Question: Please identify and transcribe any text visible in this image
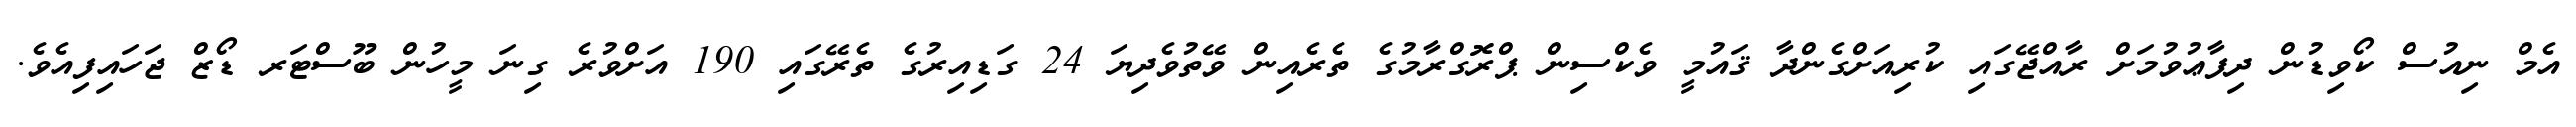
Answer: އެމް ނިއުސް ކޯވިޑުން ދިފާޢުވުމަށް ރާއްޖޭގައި ކުރިއަށްގެންދާ ޤައުމީ ވެކްސިން ޕްރޮގްރާމުގެ ތެރެއިން ވޭތުވެދިޔަ 24 ގަޑިއިރުގެ ތެރޭގައި 190 އަށްވުރެ ގިނަ މީހުން ބޫސްޓަރ ޑޯޒް ޖަހައިފިއެވެ.